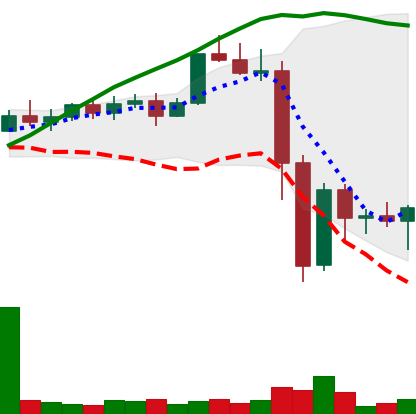
Ticker: XMR-USD
Chart end date: 2022-11-14
Forward return: 3.498%
Label: up_3_5